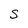
Character: S